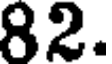
82.